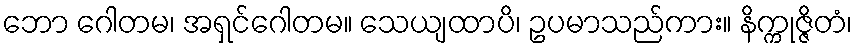
ဘော ဂေါတမ၊ အရှင်ဂေါတမ။ သေယျထာပိ၊ ဥပမာသည်ကား။ နိက္ကုဇ္ဇိတံ၊